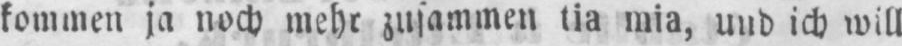
kommen ja noch mehr zusammen tia mia, und ich will